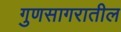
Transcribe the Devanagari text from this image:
गुणसागरातील